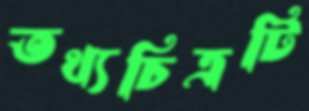
তথ্যচিত্রটি